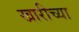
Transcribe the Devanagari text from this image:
खारीच्या